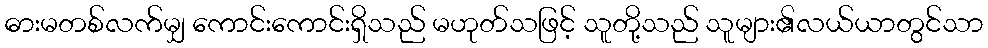
ဓားမတစ်လက်မျှ ကောင်းကောင်းရှိသည် မဟုတ်သဖြင့် သူတို့သည် သူများ၏လယ်ယာတွင်သာ